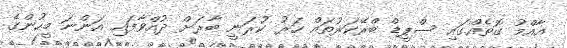
އާއްމު ގޮތެއްގައި ސްޕީޑް ބްރޭކަރުތައް ހަރު ކުރަނީ ބާރަށް ދުއްވާފައި އަންނަ މީހުންގެ